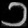
Digit: ၁